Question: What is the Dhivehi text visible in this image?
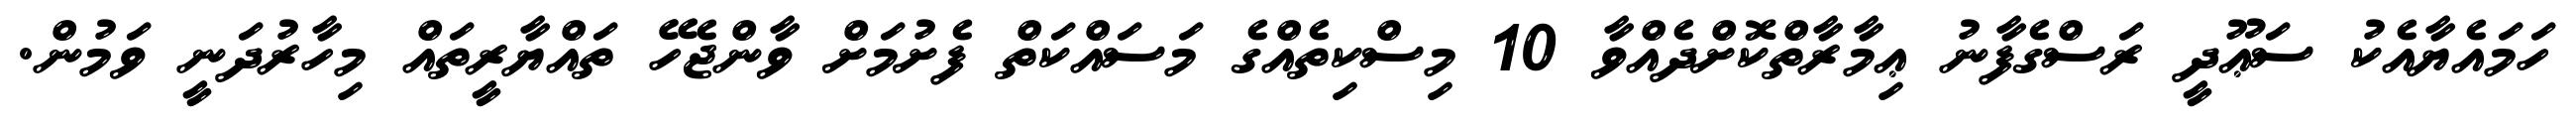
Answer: ހަމައެޔާއެކު ސަޢޫދީ ރަސްގެފާނު ޢިމާރާތްކޮށްދެއްވާ 10 މިސްކިތެއްގެ މަސައްކަތް ފެށުމަށް ވާންޖެހޭ ތައްޔާރީތައް މިހާރުދަނީ ވަމުން.